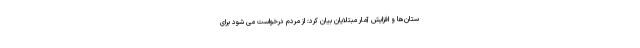
ستان‌ها و افزایش آمار مبتلایان بیان کرد: از مردم درخواست می شود برای